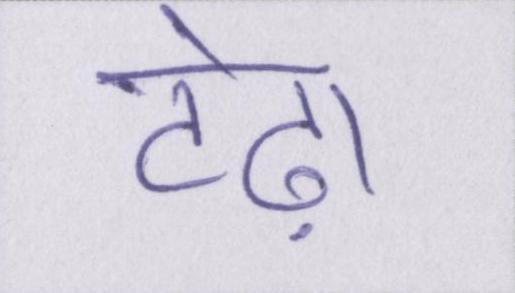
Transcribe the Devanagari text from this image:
टेढ़ा